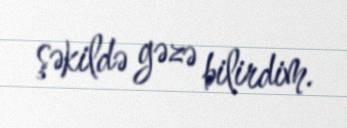
şəkildə gəzə bilirdim.